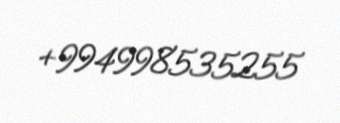
+994998535255